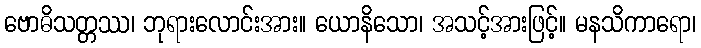
ဗောဓိသတ္တဿ၊ ဘုရားလောင်းအား။ ယောနိသော၊ အသင့်အားဖြင့်။ မနသိကာရော၊